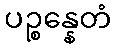
ပဉ္စန္နေတံ